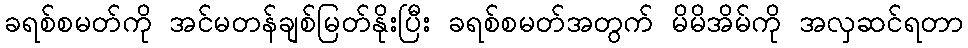
ခရစ်စမတ်ကို အင်မတန်ချစ်မြတ်နိုးပြီး ခရစ်စမတ်အတွက် မိမိအိမ်ကို အလှဆင်ရတာ